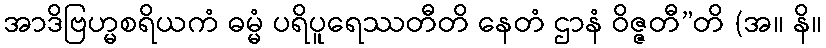
အာဒိဗြဟ္မစရိယကံ ဓမ္မံ ပရိပူရေဿတီတိ နေတံ ဌာနံ ဝိဇ္ဇတီ”တိ (အ။ နိ။